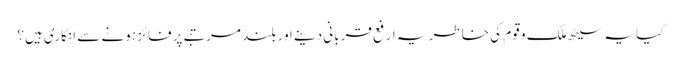
کیا یہ سیٹھ ملک و قوم کی خاطر یہ ارفع قربانی دینے اور بلند مرتبے پر فائز ہونے سے انکاری ہیں؟